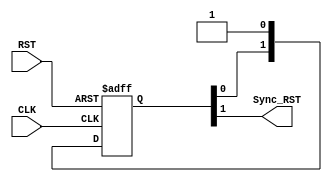
module Rst_Sync #(parameter NUM_STAGES = 2)
(
input   wire    RST,
input   wire    CLK,
output  wire    Sync_RST
);

reg    [NUM_STAGES-1:0]   multi_FF ;

always @(posedge CLK or negedge RST)
 begin
    if(!RST)
        begin
            multi_FF <= 'b0 ;
        end
    else
        begin
            multi_FF <= {multi_FF[NUM_STAGES-2:0],1'b1} ;
        end
 end

assign Sync_RST = multi_FF[NUM_STAGES-1] ;

endmodule